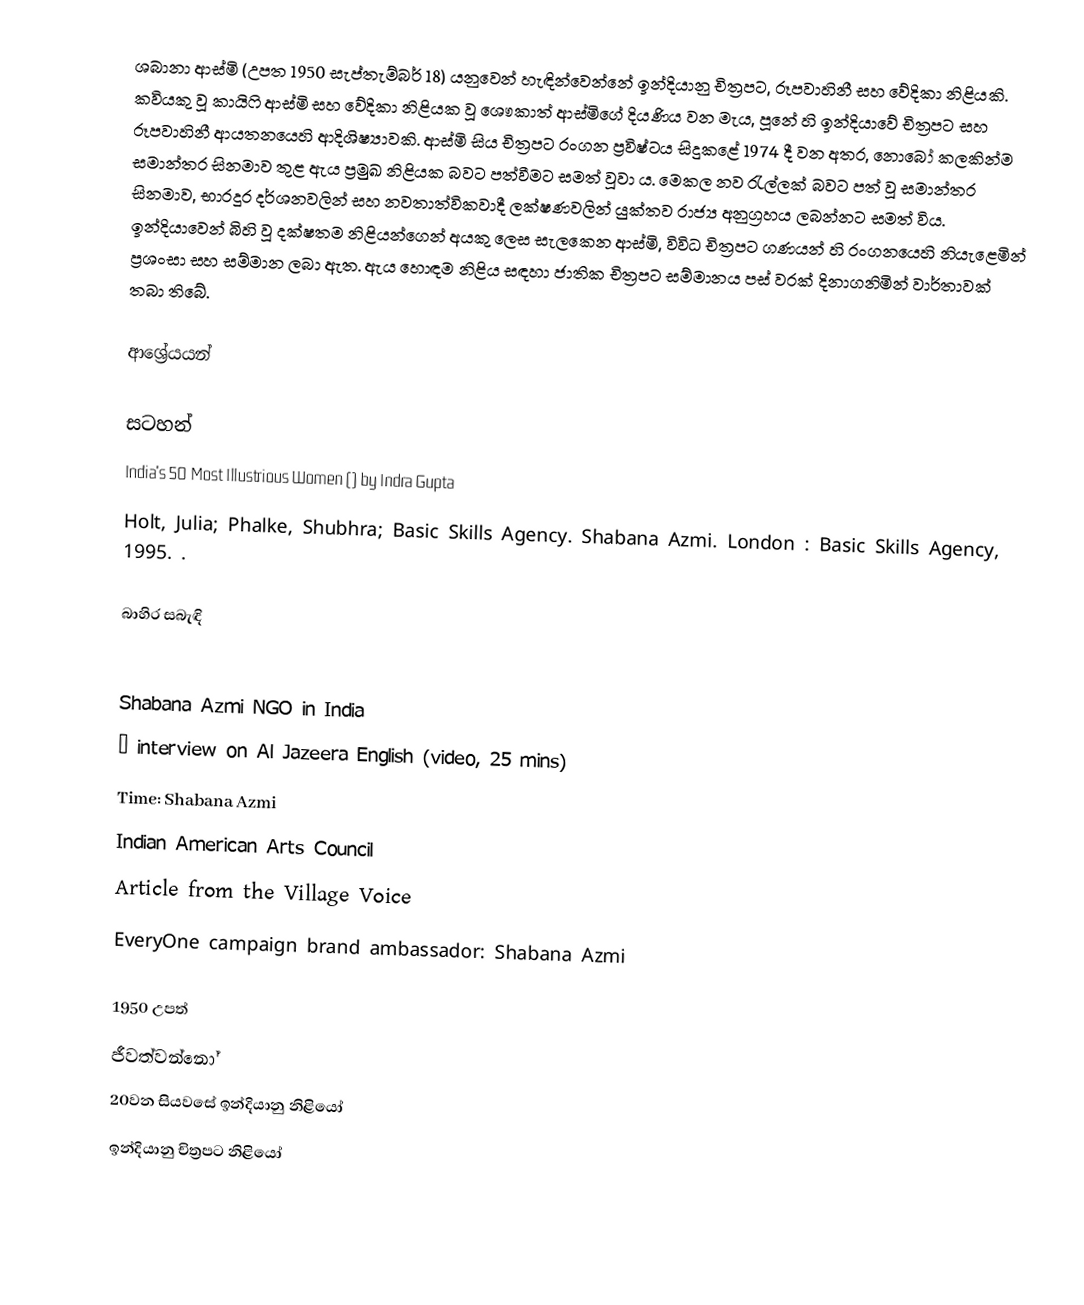
ශබානා ආස්මි (උපත 1950 සැප්තැම්බර් 18) යනුවෙන් හැඳින්වෙන්නේ ඉන්දියානු චිත්‍රපට, රූපවාහිනී සහ වේදිකා නිළියකි. කවියකු වූ කායිෆි ආස්මි සහ වේදිකා නිළියක වූ ශෞකාත් ආස්මිගේ දියණිය වන මැය, පූනේ හි ඉන්දියාවේ චිත්‍රපට සහ රූපවාහිනී ආයතනයෙහි ආදිශිෂ්‍යාවකි. ආස්මි සිය චිත්‍රපට රංගන ප්‍රවිෂ්ටය සිදුකළේ 1974 දී වන අතර, නොබෝ කලකින්ම සමාන්තර සිනමාව තුළ ඇය ප්‍රමුඛ නිළියක බවට පත්වීමට සමත් වූවා ය. මෙකල නව රැල්ලක් බවට පත් වූ සමාන්තර සිනමාව, භාරදූර දර්ශනවලින් සහ නවතාත්විකවාදී ලක්ෂණවලින් යුක්තව රාජ්‍ය අනුග්‍රහය ලබන්නට සමත් විය. ඉන්දියාවෙන් බිහි වූ දක්ෂතම නිළියන්ගෙන් අයකු ලෙස සැලකෙන ආස්මි, විවිධ චිත්‍රපට ගණයන් හි රංගනයෙහි නියැළෙමින් ප්‍රශංසා සහ සම්මාන ලබා ඇත. ඇය හොඳම නිළිය සඳහා ජාතික චිත්‍රපට සම්මානය පස් වරක් දිනාගනිමින් වාර්තාවක් තබා තිබේ.

ආශ්‍රේයයන්

සටහන්
 India's 50 Most Illustrious Women () by Indra Gupta
 Holt, Julia; Phalke, Shubhra; Basic Skills Agency. Shabana Azmi. London : Basic Skills Agency, 1995. .

බාහිර සබැඳි

 Shabana Azmi NGO in India
  – interview on Al Jazeera English (video, 25 mins)
 Time: Shabana Azmi
 Indian American Arts Council
 Article from the Village Voice
 EveryOne campaign brand ambassador: Shabana Azmi

1950 උපත්
ජීවත්වන්නෝ
20වන සියවසේ ඉන්දියානු නිළියෝ
ඉන්දියානු චිත්‍රපට නිළියෝ